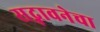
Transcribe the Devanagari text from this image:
सद्भावनेचा